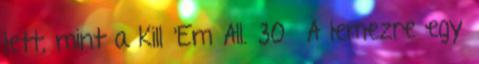
lett, mint a Kill 'Em All. 30 A lemezre egy